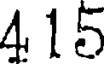
415